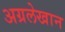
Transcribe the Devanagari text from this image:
अग्रलेखान